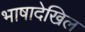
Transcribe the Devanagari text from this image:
भाषादेखिल